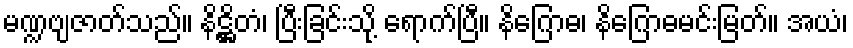
မဏ္ဍဗျဇာတ်သည်။ နိဋ္ဌိတံ၊ ပြီးခြင်းသို့ ရောက်ပြီ။ နိဂြောဓ၊ နိဂြောဓမင်းမြတ်။ အယံ၊